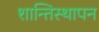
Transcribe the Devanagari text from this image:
शान्तिस्थापन